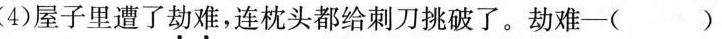
(4)屋子里遭了劫难，连枕头都给刺刀挑破了。劫难-( )